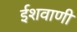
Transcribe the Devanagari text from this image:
ईशवाणी